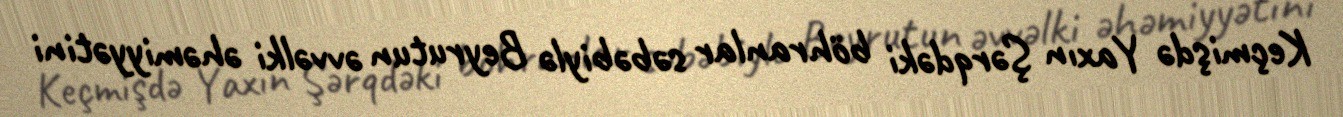
Keçmişdə Yaxın Şərqdəki böhranlar səbəbiylə Beyrutun əvvəlki əhəmiyyətini